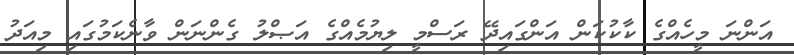
އަންނަ މީހެއްގެ ކާކުކަން އަންގައިދޭ ރަސްމީ ލިޔުމެއްގެ އަޞްލު ގެންނަން ވާނެކަމުގައި މިއަދު